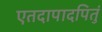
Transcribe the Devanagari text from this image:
एतदापादपितुं